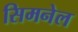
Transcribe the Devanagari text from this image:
सिमनेल